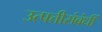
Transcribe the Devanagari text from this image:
उत्पत्तीसंबंधीं